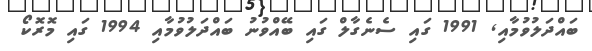
ބައްދަލުވުމާއި